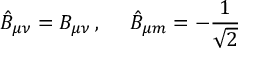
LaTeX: \hat { B } _ { \mu \nu } = B _ { \mu \nu } \, , \ \ \ \ \hat { B } _ { \mu m } = - \frac { 1 } { \sqrt { 2 } }